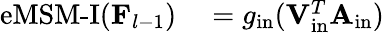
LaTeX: \begin{array}{rl}{\operatorname{eMSM-I}(\mathbf{F}_{l-1})}&{{}=g_{\mathrm{in}}(\mathbf{V}_{\mathrm{in}}^{T}\mathbf{A}_{\mathrm{in}})}\end{array}